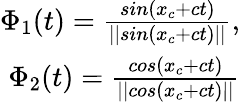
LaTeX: \begin{array}{r}{\Phi_{1}(t)=\frac{sin(x_{c}+ct)}{||sin(x_{c}+ct)||},}\\ {\Phi_{2}(t)=\frac{cos(x_{c}+ct)}{||cos(x_{c}+ct)||}}\end{array}